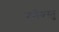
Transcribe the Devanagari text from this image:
त्रयीवस्तु